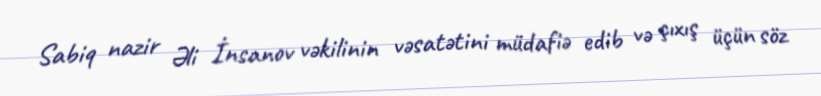
Sabiq nazir Əli İnsanov vəkilinin vəsatətini müdafiə edib və çıxış üçün söz